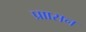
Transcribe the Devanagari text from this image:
प्राासन